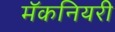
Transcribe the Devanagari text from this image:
मॅकनियरी